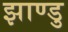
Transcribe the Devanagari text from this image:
झाण्डु